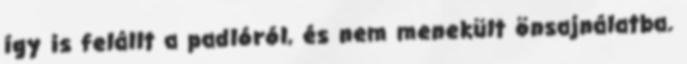
így is felállt a padlóról, és nem menekült önsajnálatba.